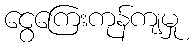
ငွေကြေးကုန်ကျမှု